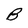
Character: B